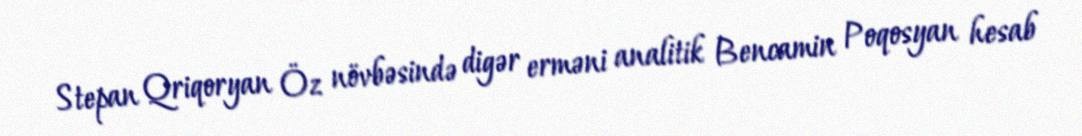
Stepan Qriqoryan Öz növbəsində digər erməni analitik Bencamin Poqosyan hesab